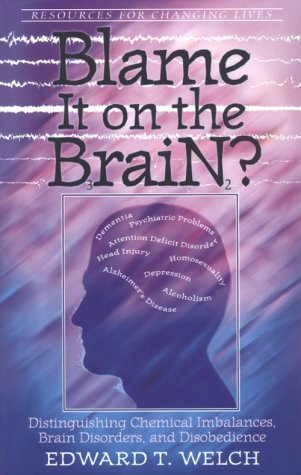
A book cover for Blame It on the Brain: Distinguishing Chemical Imbalances, Brain Disorders, and Disobedience (Resources for Changing Lives); Edward T. Welch; Religion & Spirituality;